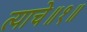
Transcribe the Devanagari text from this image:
त्याचे॥१॥